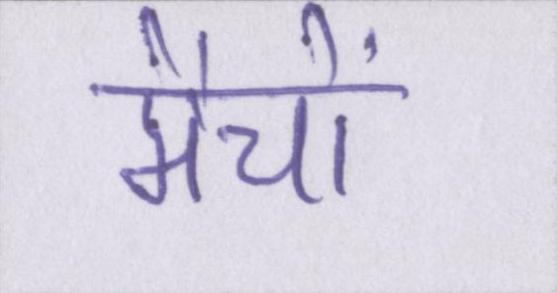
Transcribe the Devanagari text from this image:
मैचों